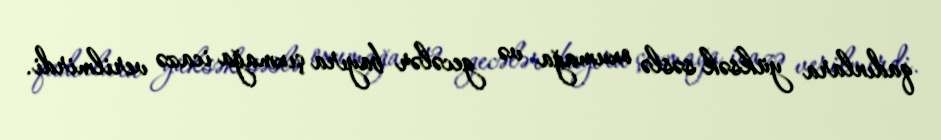
qadınlara yüksək səslə oxumağa və gecələr bayıra çıxmağa icazə verilmirdi.